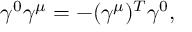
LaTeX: { \gamma ^ { 0 } \gamma ^ { \mu } = - ( \gamma ^ { \mu } ) ^ { T } \gamma ^ { 0 } , }